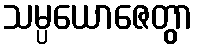
သမ္ပယောဇေတွာ